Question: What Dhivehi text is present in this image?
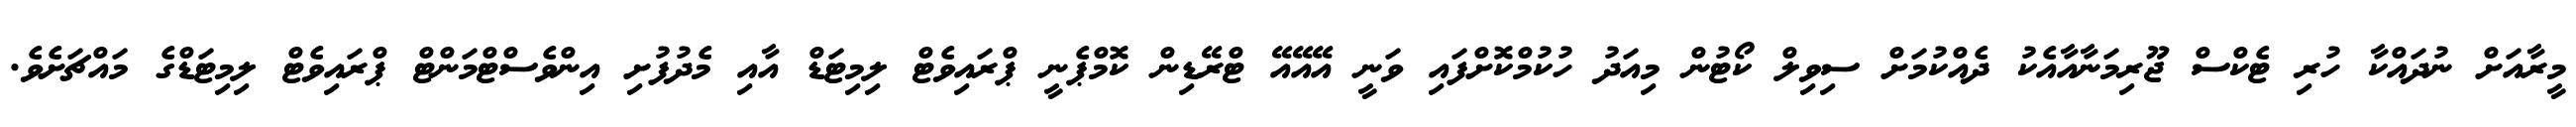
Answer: މީރާއަށް ނުދައްކާ ހުރި ޓެކްސް ޖޫރިމަނާއާއެކު ދެއްކުމަށް ސިވިލް ކޯޓުން މިއަދު ހުކުމްކޮށްފައި ވަނީ އޭއޭއޭ ޓްރޭޑިން ކޮމްޕެނީ ޕްރައިވެޓް ލިމިޓަޑް އާއި މެދުފުށި އިންވެސްޓްމަންޓް ޕްރައިވެޓް ލިމިޓަޑްގެ މައްޗަށެވެ.